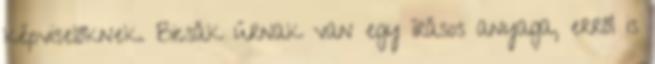
képviselőknek. Bicsák úrnak van egy írásos anyaga, erről is